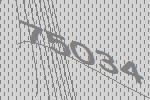
75034